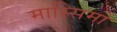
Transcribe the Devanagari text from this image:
मास्‍सिमो